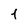
Character: 1